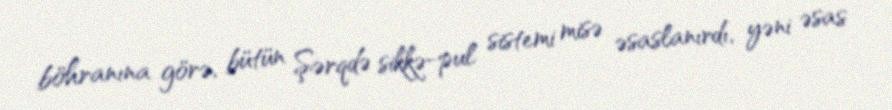
böhranına görə, bütün Şərqdə sikkə-pul sistemi misə əsaslanırdı, yəni əsas